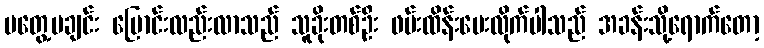
မတွေ့မချင်း ပြောင်းလည်းလာသည် သူခိုးတစ်ဦး ဖမ်းထိန်းပေးလိုက်ပါသည် အခန်းသို့ရောက်တော့